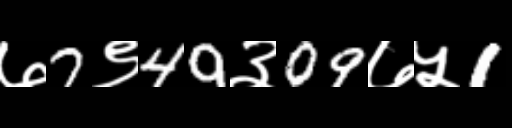
Text: ७7९49३09७५1